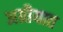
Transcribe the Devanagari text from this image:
अग्रीयात